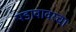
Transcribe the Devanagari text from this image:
पडावावरचा